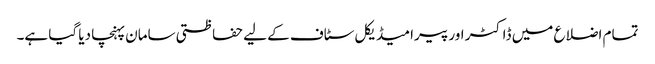
تمام اضلاع میں ڈاکٹر اور پیرا میڈیکل سٹاف کے لیے حفاظتی سامان پہنچا دیا گیا ہے۔